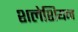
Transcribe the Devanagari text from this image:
शलेशियन